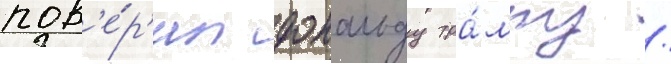
пов'е́р'ил дональду тра́мпу /